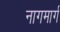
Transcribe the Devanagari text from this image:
नागमार्ग